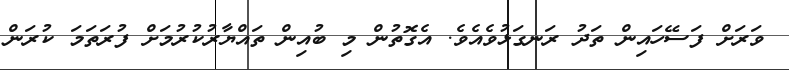
ވަރަށް ފަސޭހައިން ތަދު ރަނގަޅުވެއެވެ. އެގޮތުން މި ބުއިން ތައްޔާރުކުރުމަށް ފުރަތަމަ ކުރަން